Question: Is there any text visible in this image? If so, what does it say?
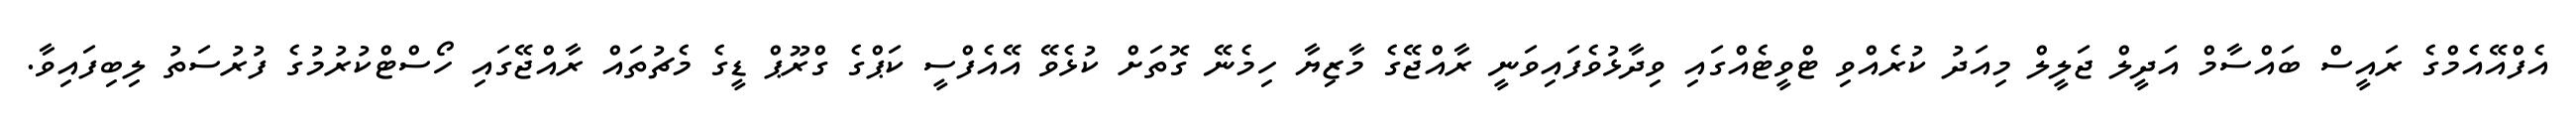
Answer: އެފްއޭއެމްގެ ރައީސް ބައްސާމް އަދީލް ޖަލީލް މިއަދު ކުރެއްވި ޓްވީޓެއްގައި ވިދާޅުވެފައިވަނީ ރާއްޖޭގެ މާޒިޔާ ހިމެނޭ ގޮތަށް ކުޅެވޭ އޭއެފްސީ ކަޕްގެ ގްރޫޕް ޑީގެ މެޗުތައް ރާއްޖޭގައި ހޯސްޓްކުރުމުގެ ފުރުސަތު ލިބިފައިވާ.